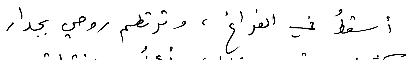
أسقطُ في الفراغ، وترتطم روحي بجدار